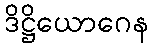
ဒိဋ္ဌိယောဂေန